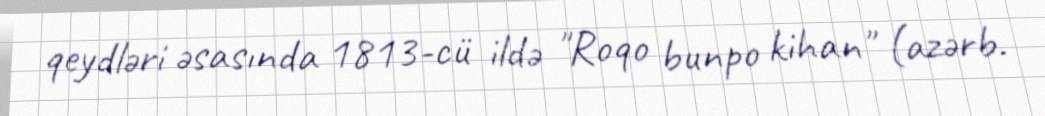
qeydləri əsasında 1813-cü ildə "Roqo bunpo kihan" (azərb.